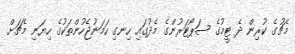
މެޗުގެ ކުރިން ދެ ޓީމުގެ ސަޕޯޓަރުންގެ މެދުގައި ހިނގި ހަމަނުޖެހުންތަކުގެ ހިޔަނި މެޗަށް